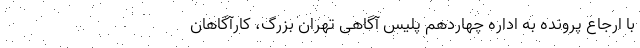
با ارجاع پرونده به اداره چهاردهم پلیس آگاهی تهران بزرگ، کارآگاهان